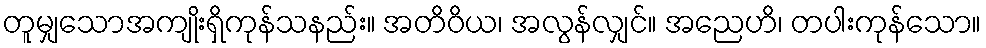
တူမျှသောအကျိုးရှိကုန်သနည်း။ အတိဝိယ၊ အလွန်လျှင်။ အညေဟိ၊ တပါးကုန်သော။